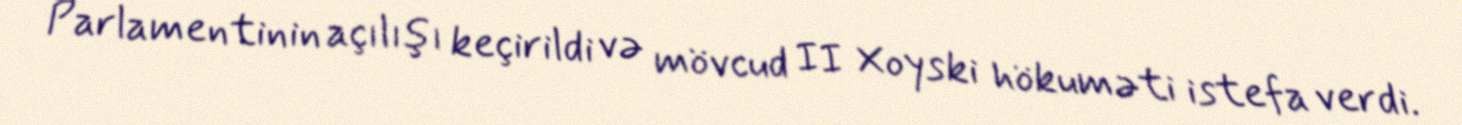
Parlamentinin açılışı keçirildi və mövcud II Xoyski hökuməti istefa verdi.